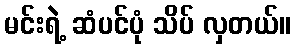
မင်းရဲ့ ဆံပင်ပုံ သိပ် လှတယ်။